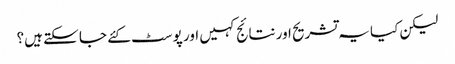
لیکن کیا یہ تشریح اور نتائج کہیں اور پوسٹ کئے جا سکتے ہیں؟